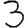
Digit: 3